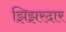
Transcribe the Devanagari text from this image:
झिझरदार